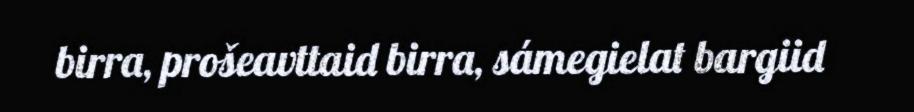
birra, prošeavttaid birra, sámegielat bargiid